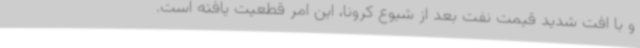
و با افت شدید قیمت نفت بعد از شیوع کرونا، این امر قطعیت یافته است.